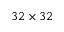
3 2 \times 3 2